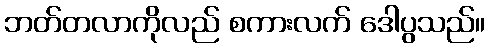
ဘတ်တလာကိုလည် စကားလက် ဒေါပွသည်။